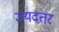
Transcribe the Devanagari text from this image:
ज्यदतर